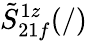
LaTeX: \tilde{S}_{21f}^{1z}(/)